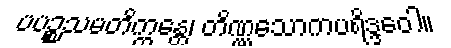
ပပဉ္စသမတိက္ကန္တေ၊ တိဏ္ဏသောကပရိဒ္ဒဝေါ။